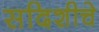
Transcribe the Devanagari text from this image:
सदिशीचे